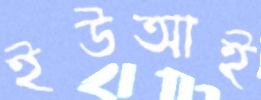
ইউআই